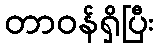
တာဝန်ရှိပြီး